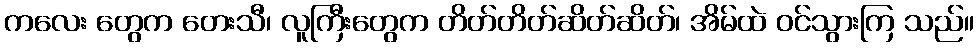
ကလေး တွေက တေးသီ၊ လူကြီးတွေက တိတ်တိတ်ဆိတ်ဆိတ်၊ အိမ်ထဲ ဝင်သွားကြ သည်။